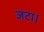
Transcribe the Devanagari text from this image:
जटा।